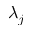
\lambda _ { j }